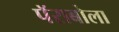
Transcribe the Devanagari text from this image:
पॅराबोला